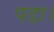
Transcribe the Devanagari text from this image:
पढा।